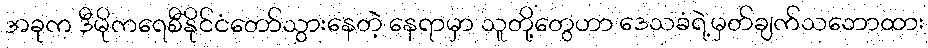
အခုက ဒီမိုကရေစီနိုင်ငံတော်သွားနေတဲ့ နေရာမှာ သူတို့တွေဟာ ဒေသခံရဲ့မှတ်ချက်သဘောထား